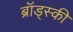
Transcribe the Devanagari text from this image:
ब्रॉड्स्की